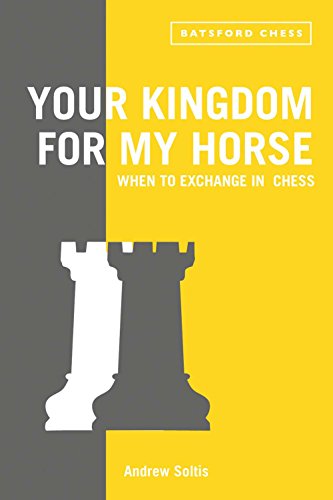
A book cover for Your Kingdom for My Horse: When to Exchange in Chess; Andrew Soltis; Humor & Entertainment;